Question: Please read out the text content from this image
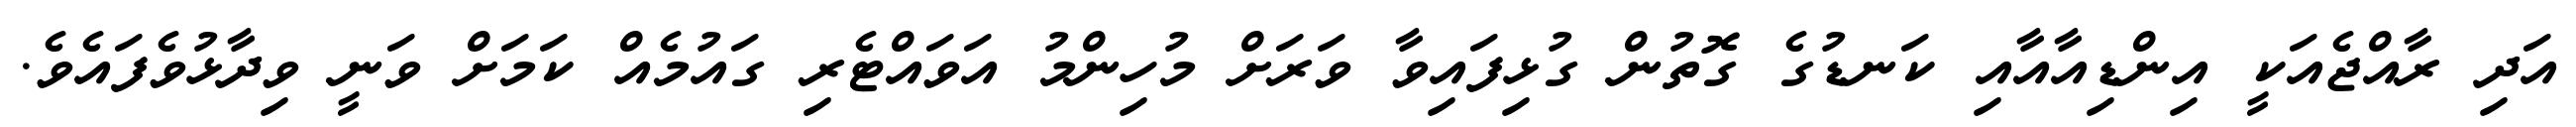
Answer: އަދި ރާއްޖެއަކީ އިންޑިއާއާއި ކަނޑުގެ ގޮތުން ގުޅިފައިވާ ވަރަށް މުހިންމު އަވައްޓެރި ގައުމެއް ކަމަށް ވަނީ ވިދާޅުވެފައެވެ.